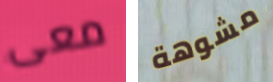
معى مشوهة